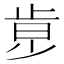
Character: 𣥶